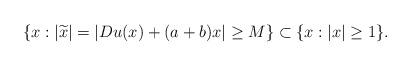
LaTeX: \begin{align*}\{x:|\widetilde{x}|=|D u(x)+(a+b) x| \geq M\} \subset\{x:|x| \geq 1\}.\end{align*}